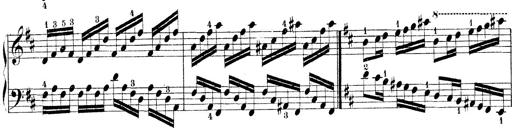
Title: Technische Studien
Composer: Franz Liszt